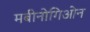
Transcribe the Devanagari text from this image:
मबीनोगिओन